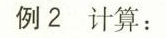
例2 计算：